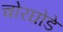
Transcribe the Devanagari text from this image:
चोरघोडे